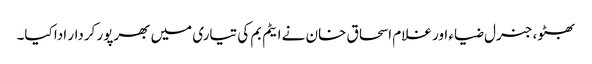
بھٹو، جنرل ضیاء اور غلام اسحاق خان نے ایٹم بم کی تیاری میں بھرپور کردار ادا کیا۔